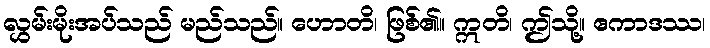
လွှမ်းမိုးအပ်သည် မည်သည်။ ဟောတိ၊ ဖြစ်၏။ ဣတိ၊ ဤသို့။ ဧကာဒဿ၊